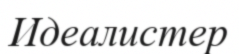
Идеалистер